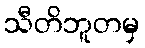
သီတိဘူတမှ